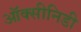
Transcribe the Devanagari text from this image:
ऑक्सीनिडी